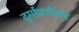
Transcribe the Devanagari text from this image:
दुर्गावतीवर